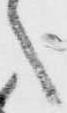
之